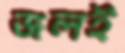
জলই